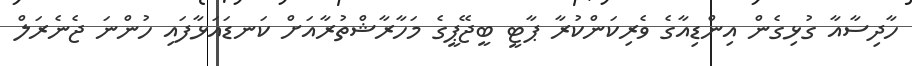
ހާދިސާއާ ގުޅިގެން އިންޑިއާގެ ވެރިކަންކުރާ ޕާޓީ ބީޖޭޕީގެ މަހާރާޝްތުރާއަށް ކަނޑައަޅާފައި ހުންނަ ޖެނެރަލް